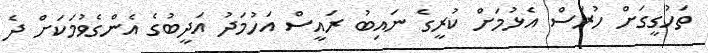
ތަހުގީގަށް ހުރަސް އެޅުމަށް ކުރީގެ ނައިބު ރައީސް އަހުމަދު އަދީބުގެ އެންގެވުމަކަށް ދެ